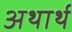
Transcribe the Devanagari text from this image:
अथार्थ